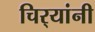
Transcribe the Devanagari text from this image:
चिर्‍यांनी